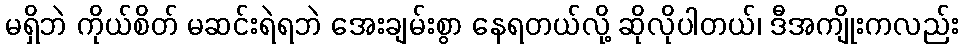
မရှိဘဲ ကိုယ်စိတ် မဆင်းရဲရဘဲ အေးချမ်းစွာ နေရတယ်လို့ ဆိုလိုပါတယ်၊ ဒီအကျိုးကလည်း